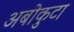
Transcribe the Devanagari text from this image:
अबोकुटा